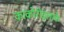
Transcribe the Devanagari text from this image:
काकोरीइलाके